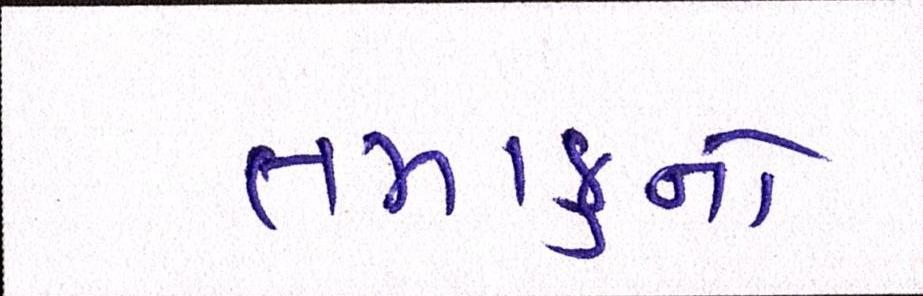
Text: તમાકુનો